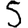
Digit: 5